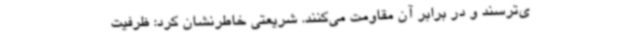
ی‌ترسند و در برابر آن مقاومت می‌کنند. شریعتی خاطرنشان کرد: ظرفیت